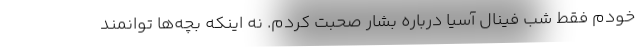
خودم فقط شب فینال آسیا درباره بشار صحبت کردم. نه اینکه بچه‌ها توانمند